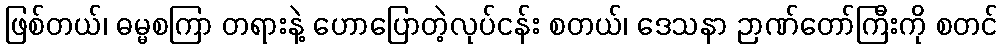
ဖြစ်တယ်၊ ဓမ္မစကြာ တရားနဲ့ ဟောပြောတဲ့လုပ်ငန်း စတယ်၊ ဒေသနာ ဉာဏ်တော်ကြီးကို စတင်